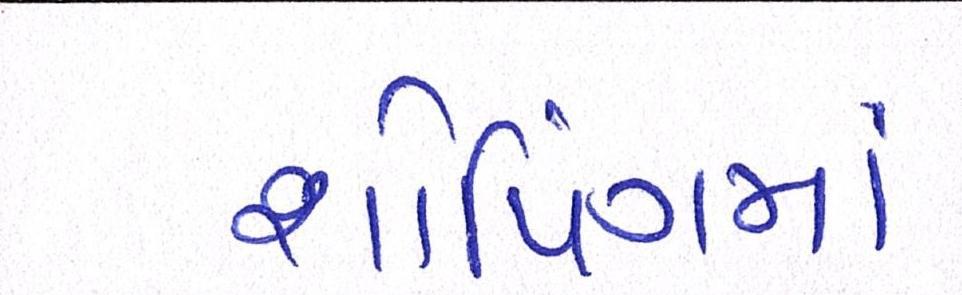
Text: શોપિંગમાં